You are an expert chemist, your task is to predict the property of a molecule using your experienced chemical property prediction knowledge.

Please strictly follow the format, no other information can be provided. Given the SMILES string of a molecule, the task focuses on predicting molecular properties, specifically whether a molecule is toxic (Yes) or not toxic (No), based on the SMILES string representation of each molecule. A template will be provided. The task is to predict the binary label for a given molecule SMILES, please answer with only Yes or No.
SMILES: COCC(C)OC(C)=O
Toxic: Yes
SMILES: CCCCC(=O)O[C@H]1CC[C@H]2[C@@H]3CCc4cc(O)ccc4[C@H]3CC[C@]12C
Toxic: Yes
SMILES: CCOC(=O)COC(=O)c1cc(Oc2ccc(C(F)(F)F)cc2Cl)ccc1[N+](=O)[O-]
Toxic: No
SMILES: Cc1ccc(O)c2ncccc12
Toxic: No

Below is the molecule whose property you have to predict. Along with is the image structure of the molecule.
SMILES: CN(c1nccc(=O)[nH]1)C1CCN(c2nc3ccccc3n2Cc2ccc(F)cc2)CC1
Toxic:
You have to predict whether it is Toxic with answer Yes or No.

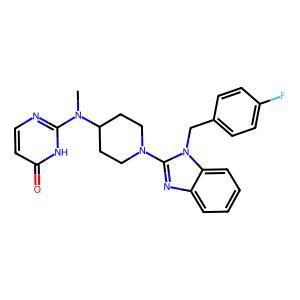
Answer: No